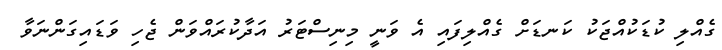
ގެއްލި ކުޑަކުއްޖަކު ކަނޑަށް ގެއްލިފައި އެ ވަނީ މިނިސްޓަރު އަދާކުރައްވަން ޖެހި ވަޑައިގަންނަވާ